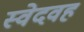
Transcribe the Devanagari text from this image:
स्वेदवह